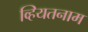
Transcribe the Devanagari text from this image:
व्हियतनाम